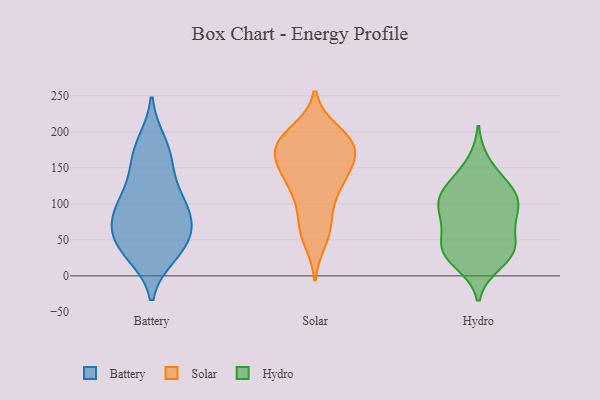
{"axis": {"x": "Satisfaction Score", "y": "Value"}, "legend": ["Battery", "Hydro", "Solar"], "data": [{"x": "", "y": 90, "type": "Battery"}, {"x": "", "y": 90, "type": "Battery"}, {"x": "", "y": 111, "type": "Battery"}, {"x": "", "y": 78, "type": "Battery"}, {"x": "", "y": 184, "type": "Battery"}, {"x": "", "y": 128, "type": "Battery"}, {"x": "", "y": 30, "type": "Battery"}, {"x": "", "y": 40, "type": "Battery"}, {"x": "", "y": 158, "type": "Battery"}, {"x": "", "y": 36, "type": "Battery"}, {"x": "", "y": 55, "type": "Battery"}, {"x": "", "y": 53, "type": "Battery"}, {"x": "", "y": 84, "type": "Battery"}, {"x": "", "y": 172, "type": "Battery"}, {"x": "", "y": 175, "type": "Solar"}, {"x": "", "y": 200, "type": "Solar"}, {"x": "", "y": 118, "type": "Solar"}, {"x": "", "y": 162, "type": "Solar"}, {"x": "", "y": 71, "type": "Solar"}, {"x": "", "y": 151, "type": "Solar"}, {"x": "", "y": 183, "type": "Solar"}, {"x": "", "y": 150, "type": "Solar"}, {"x": "", "y": 189, "type": "Solar"}, {"x": "", "y": 59, "type": "Solar"}, {"x": "", "y": 119, "type": "Solar"}, {"x": "", "y": 131, "type": "Solar"}, {"x": "", "y": 138, "type": "Solar"}, {"x": "", "y": 189, "type": "Solar"}, {"x": "", "y": 85, "type": "Solar"}, {"x": "", "y": 190, "type": "Solar"}, {"x": "", "y": 168, "type": "Solar"}, {"x": "", "y": 184, "type": "Solar"}, {"x": "", "y": 50, "type": "Solar"}, {"x": "", "y": 38, "type": "Hydro"}, {"x": "", "y": 48, "type": "Hydro"}, {"x": "", "y": 125, "type": "Hydro"}, {"x": "", "y": 91, "type": "Hydro"}, {"x": "", "y": 18, "type": "Hydro"}, {"x": "", "y": 119, "type": "Hydro"}, {"x": "", "y": 80, "type": "Hydro"}, {"x": "", "y": 42, "type": "Hydro"}, {"x": "", "y": 29, "type": "Hydro"}, {"x": "", "y": 95, "type": "Hydro"}, {"x": "", "y": 111, "type": "Hydro"}, {"x": "", "y": 156, "type": "Hydro"}, {"x": "", "y": 80, "type": "Hydro"}, {"x": "", "y": 31, "type": "Hydro"}, {"x": "", "y": 116, "type": "Hydro"}]}